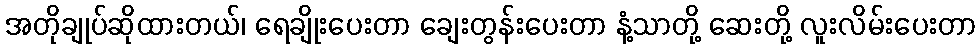
အတိုချုပ်ဆိုထားတယ်၊ ရေချိုးပေးတာ ချေးတွန်းပေးတာ နံ့သာတို့ ဆေးတို့ လူးလိမ်းပေးတာ